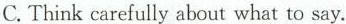
C. Think carefully about what to say.